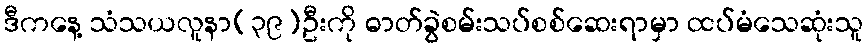
ဒီကနေ့ သံသယလူနာ(၃၉)ဦးကို ဓာတ်ခွဲစမ်းသပ်စစ်ဆေးရာမှာ ထပ်မံသေဆုံးသူ